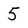
Character: 5